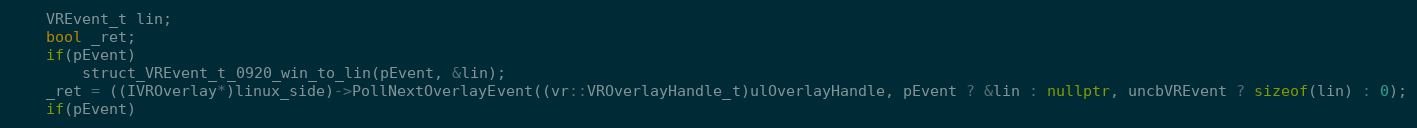
Language: C++
    VREvent_t lin;
    bool _ret;
    if(pEvent)
        struct_VREvent_t_0920_win_to_lin(pEvent, &lin);
    _ret = ((IVROverlay*)linux_side)->PollNextOverlayEvent((vr::VROverlayHandle_t)ulOverlayHandle, pEvent ? &lin : nullptr, uncbVREvent ? sizeof(lin) : 0);
    if(pEvent)